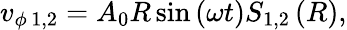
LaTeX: v_{\phi\, 1,2}=A_{0}R\sin\left(\omega t\right)S_{1,2}\left(R\right),